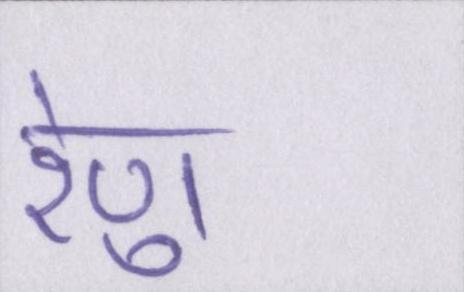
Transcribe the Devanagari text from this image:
रेणु